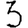
Digit: 3